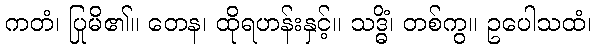
ကတံ၊ ပြုမိ၏။ တေန၊ ထိုရဟန်းနှင့်။ သဒ္ဓိံ၊ တစ်ကွ။ ဥပေါသထံ၊